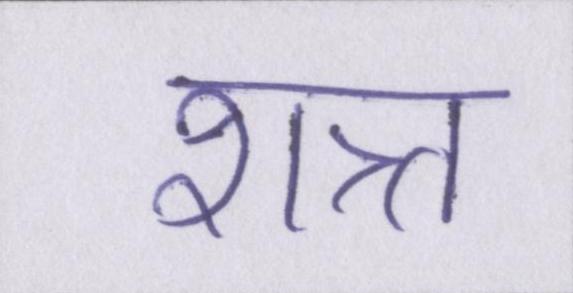
शत्र्त